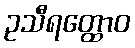
ဥသီရတ္ထောဝ